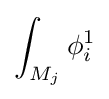
\int _{M_{j}}\phi _{i}^{1}